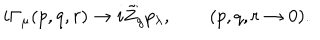
LaTeX: i \Gamma _ { \mu } ( p , q , r ) \to i \tilde { Z } _ { g } p _ { \lambda } , \qquad ( p , q , r \to 0 ) .